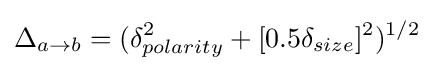
\Delta _{a\rightarrow b}=(\delta _{polarity}^{2}+[0.5\delta _{size}]^{2})^{1/2}